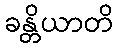
ခန္တိယာတိ